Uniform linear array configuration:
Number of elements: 16
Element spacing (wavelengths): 0.5
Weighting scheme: kaiser
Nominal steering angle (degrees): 60
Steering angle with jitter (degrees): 61.578
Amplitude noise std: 0.05
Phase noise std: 0.05

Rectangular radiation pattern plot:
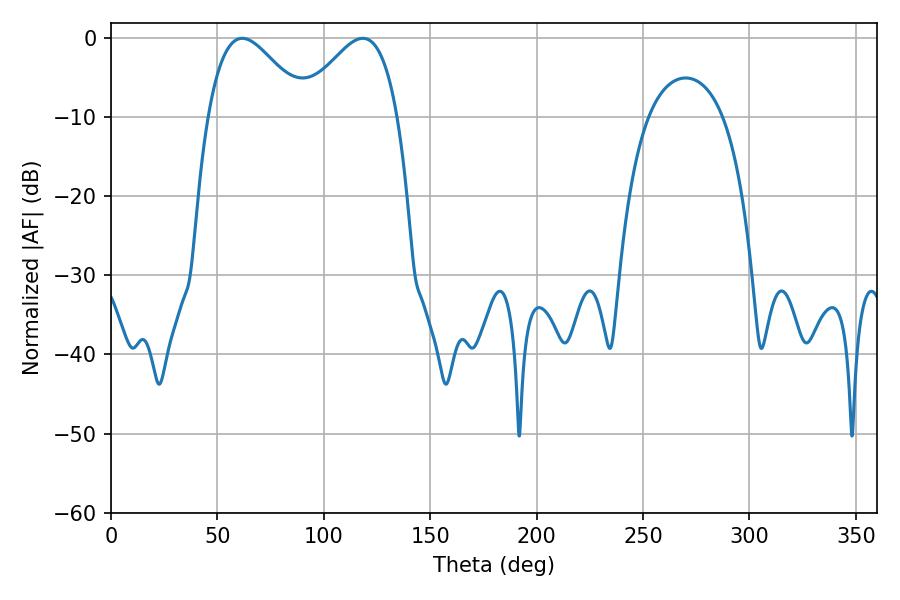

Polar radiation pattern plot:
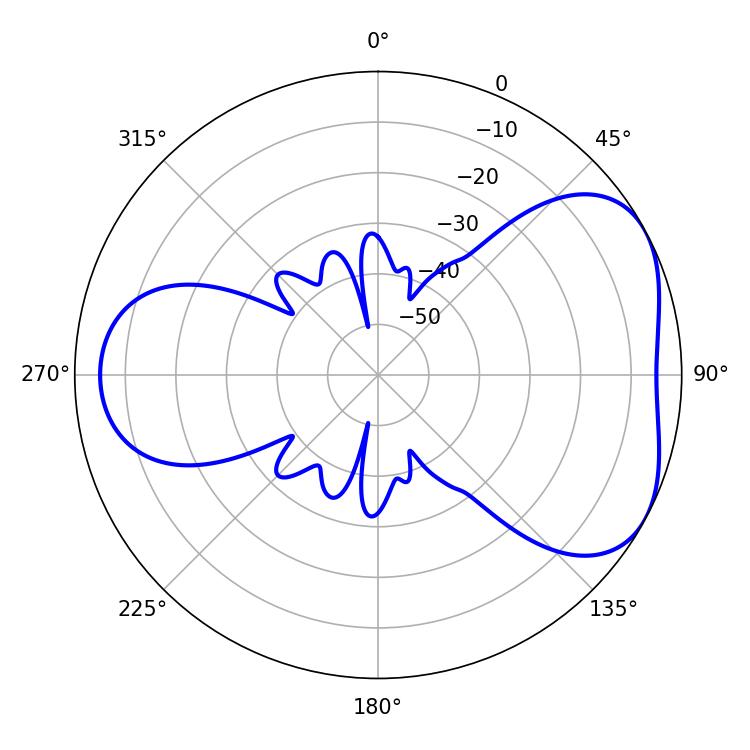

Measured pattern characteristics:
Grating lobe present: FALSE
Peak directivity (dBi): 4.646
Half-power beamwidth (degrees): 24.84
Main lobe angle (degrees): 61.74